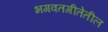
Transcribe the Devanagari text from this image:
भगवतगीतेतील